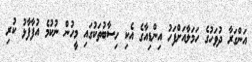
އަންގަރާ ދުވަހުގެ ހަމަލާއަށްފަހު އިންޑިއާގެ އެކި ހިސާބުތަކުގައި މީހުން ނުކުމެ އުފާފާޅު ކުރި